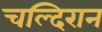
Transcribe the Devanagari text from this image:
चल्दिरान